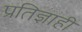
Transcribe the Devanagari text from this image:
प्रतिज्ञाही